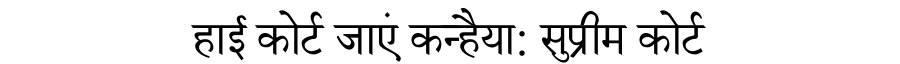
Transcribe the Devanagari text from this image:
हाई कोर्ट जाएं कन्हैया: सुप्रीम कोर्ट